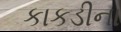
કાકડીના